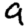
Digit: 9